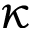
\kappa